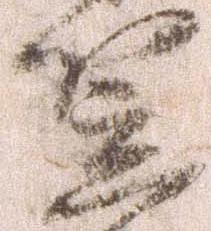
笠